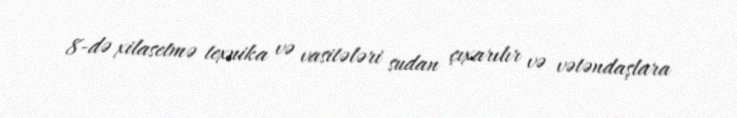
8-də xilasetmə texnika və vasitələri sudan çıxarılır və vətəndaşlara